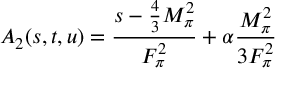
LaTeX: A _ { 2 } ( s , t , u ) = \displaystyle \frac { s - \frac { 4 } { 3 } M _ { \pi } ^ { 2 } } { F _ { \pi } ^ { 2 } } + \alpha \displaystyle \frac { M _ { \pi } ^ { 2 } } { 3 F _ { \pi } ^ { 2 } }